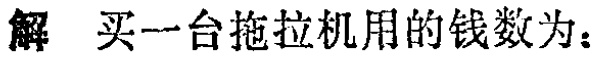
解 买一台拖拉机用的钱数为：